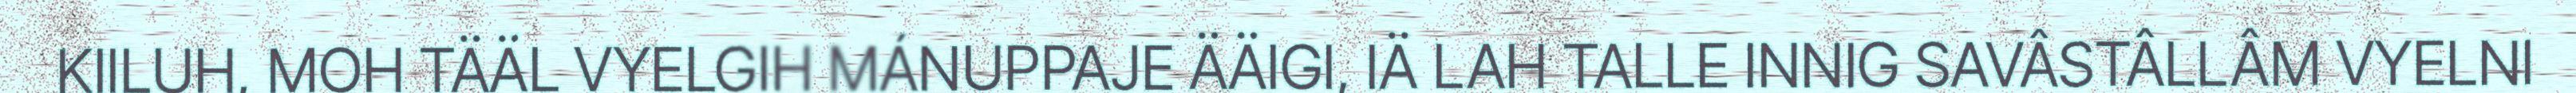
KIILUH, MOH TÄÄL VYELGIH MÁNUPPAJE ÄÄIGI, IÄ LAH TALLE INNIG SAVÂSTÂLLÂM VYELNI